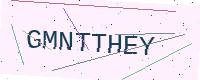
Text: GMNTTHEY